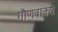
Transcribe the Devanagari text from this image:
गौणवाक्ये